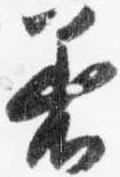
着